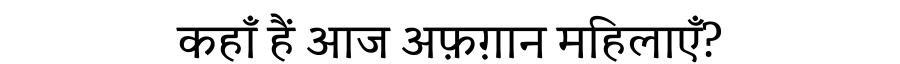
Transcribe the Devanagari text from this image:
कहाँ हैं आज अफ़ग़ान महिलाएँ?